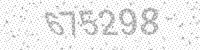
Solution: 675298